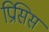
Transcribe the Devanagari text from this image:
प्रिसिस